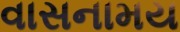
વાસનામય